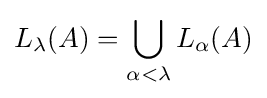
L_{\lambda }(A)=\bigcup _{\alpha <\lambda }L_{\alpha }(A)